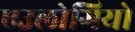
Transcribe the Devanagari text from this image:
एउलोगियो